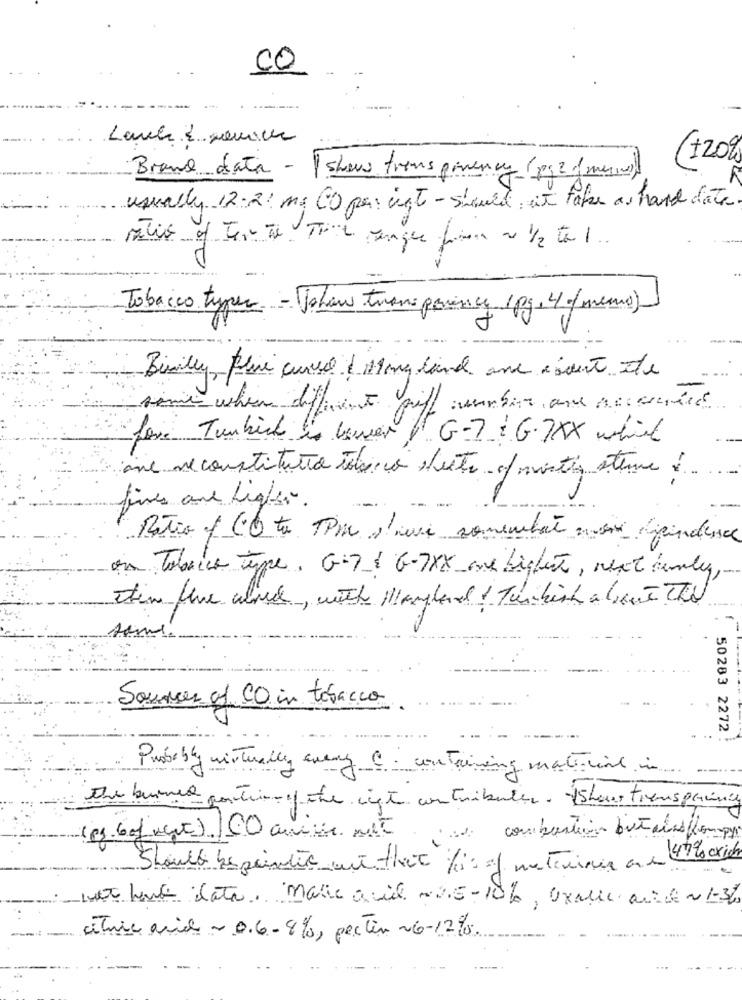
CO
+20%
Brawe data - show tiens givency (pg 2 ) menu)
usually 12.21 mg CO per int - should, it take as hand data
pátio of Ter-te Travel Jungle firma 2 1/2 to 1 ...
Tobacco typer - Johan transparence ( pg, 4c/ meno)
Billy, Pline cured ( Ming land and issent tte
some when different piff numbers and necesite
fore Tunbirk in concert
G-7 G.7XX which
ane se constitutio tobacco desta c/mantis stemme i
fines and higher.
Ratio of CO ta PM sieve somewhat moi dependence
on Tobacco Type. G-7 1 6-7XX me Lighet, next temly ,-
etin fine wurde , with Manglende ! Türkish alene The
sin
Sources of CO in tobacco
50283 2272 !
Probably virtually every C : containing material in
the burned partiepite ligt contribulen Sher tiensprince
(es.6af wert) CO anisie mit
jade combustion but also pompy
47 96 cxich
Should bespinder mi that fis of meteiner and
mit lane late. malic acid -DE-10%, Oxalic acid ~ 1-32
citric acid - 0.6-8%, pertin 26-1290